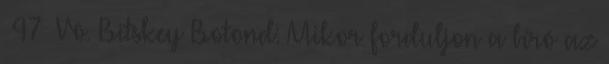
47 Vö. Bitskey Botond: Mikor forduljon a bíró az